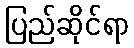
ပြည်ဆိုင်ရာ